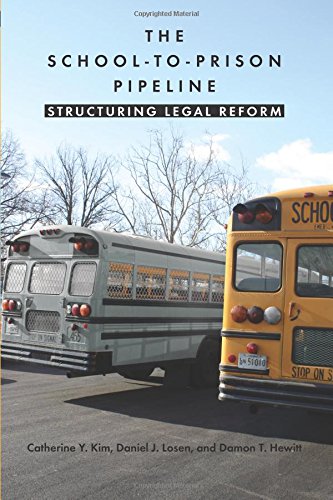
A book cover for The School-to-Prison Pipeline: Structuring Legal Reform; Catherine Y. Kim; Law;